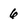
Character: 6